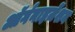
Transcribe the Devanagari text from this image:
ऑर्गनाइज़ेंशन